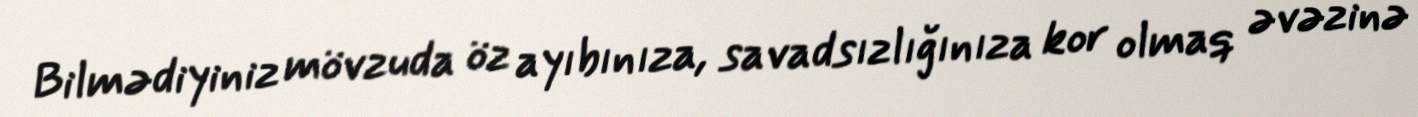
Bilmədiyiniz mövzuda öz ayıbınıza, savadsızlığınıza kor olmaq əvəzinə